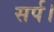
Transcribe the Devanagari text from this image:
सर्प।